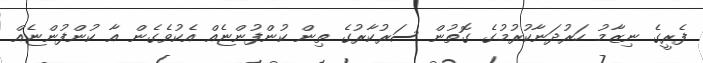
ފެރީގެ ނިޒާމު ހަރުދަނާކުރުމުގެ ގޮތުން ސަރުކާރުގެ ތިން ކުންފުންޏެއް އެކުވެގެން އާ ކުންފުންޏެއް